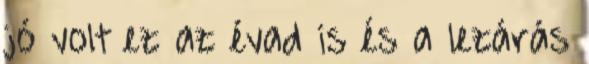
jó volt ez az évad is és a lezárás